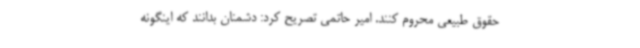
حقوق طبیعی محروم کنند. امیر حاتمی تصریح کرد: دشمنان بدانند که اینگونه